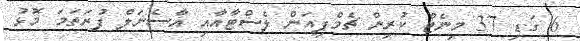
6 ގަޑި 37 މިނެޓް ކުރިން ޗެމްޕިއަން ލެސްޓާއާއި އާސެނަލް ފުރަތަމަ މޮޅު